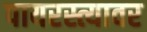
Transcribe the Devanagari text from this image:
पायरस्त्यावर